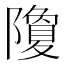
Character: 𮥮